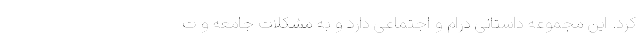
کرد. این مجموعه داستانی درام و اجتماعی دارد و به مشکلات جامعه و ت